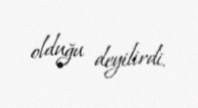
olduğu deyilirdi.